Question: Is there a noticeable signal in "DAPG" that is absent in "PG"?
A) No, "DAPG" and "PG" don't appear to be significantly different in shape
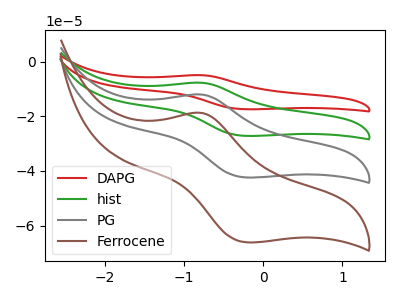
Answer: <think>The red curve "DAPG" has an anodic peak at (-0.80V, -36.10uA) and a cathodic peak at (-0.20V, -127.25uA). The green curve "hist" has an anodic peak at (-0.80V, -24.05uA) and a cathodic peak at (-0.20V, -84.80uA). The gray curve "PG" has an anodic peak at (-0.80V, -12.05uA) and a cathodic peak at (-0.20V, -42.40uA). The brown curve "Ferrocene" has an anodic peak at (-0.80V, -18.75uA) and a cathodic peak at (-0.20V, -66.15uA).
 All the peaks in "DAPG" have a peak in "PG" at the same potential.</think>
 <answer>A) No, "DAPG" and "PG" don't appear to be significantly different in shape</answer>
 <eval>A</eval>